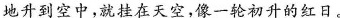
地升到空中，就挂在天空，像一轮初升的红日。